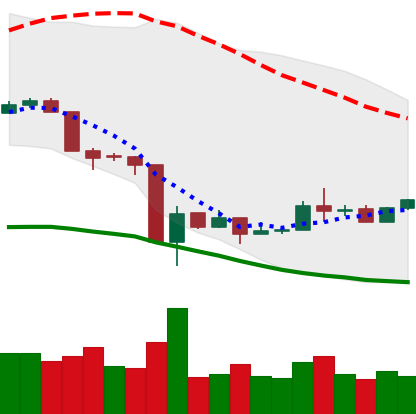
Ticker: LTC-USD
Chart end date: 2020-03-24
Forward return: -7.8%
Label: down_7plus